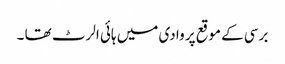
برسی کے موقع پر وادی میں ہائی الرٹ تھا ۔